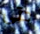
حتى